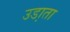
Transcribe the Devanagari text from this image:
उडा़ता